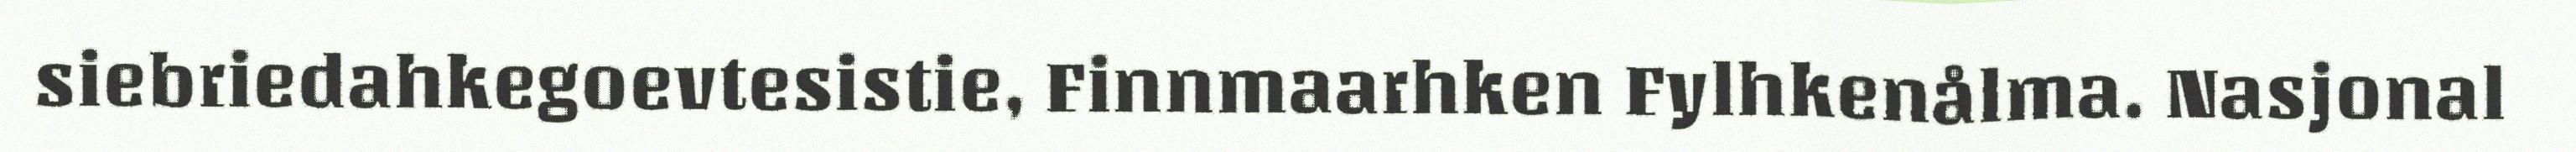
siebriedahkegoevtesistie, Finnmaarhken Fylhkenålma. Nasjonal